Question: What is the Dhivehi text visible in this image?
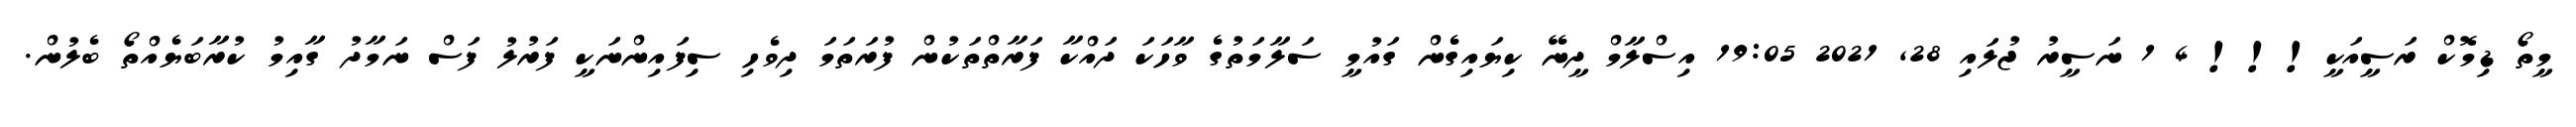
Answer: މީތޯ ޑިމޮކް ރަސީއަކީ!!! 4 1 ނަސީރު ޖުލައި 28, 2021 19:05 އިސްލާމް ދީނޭ ކިޔައިގެން ގައުމީ ސަލާމަތުގެ ވާހަކަ ދައްކާ ފަރާތްތަކުން ފުރަތަމަ ދިވެހި ސިފައިންނަކީ ފަރުލު ފަސް ނަމާދު ގާއިމު ކުރާބަޔެއްތޯ ބެލުން.